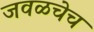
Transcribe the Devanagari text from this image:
जवळचेच